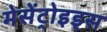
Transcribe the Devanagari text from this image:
मेसेंट्रोइड्स